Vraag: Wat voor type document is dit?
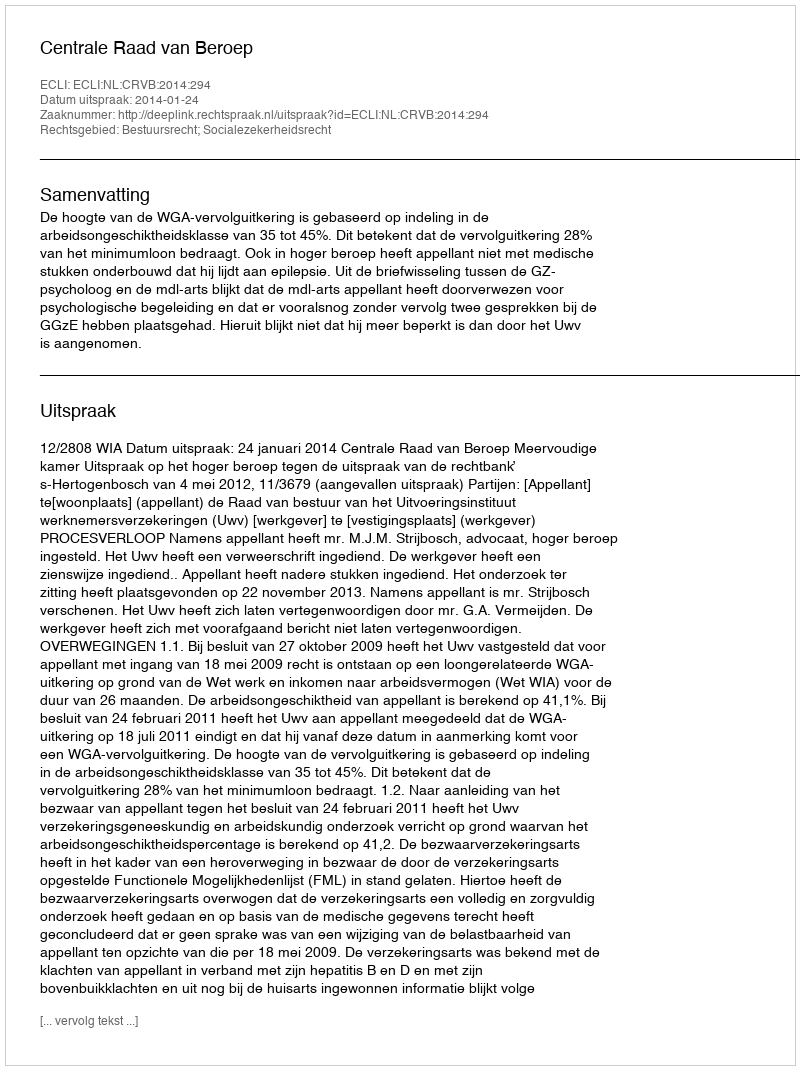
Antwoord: Uitspraak